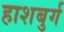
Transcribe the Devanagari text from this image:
हाशबुर्ग